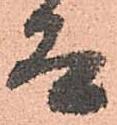
而